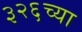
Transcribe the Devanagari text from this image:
३२६च्या